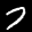
Label: 7